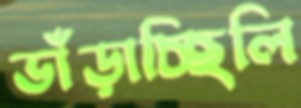
ভাঁড়াচ্ছিলি